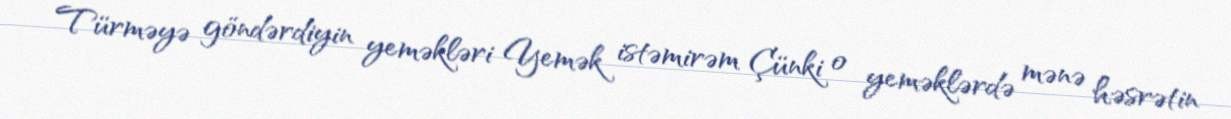
Türməyə göndərdiyin yeməkləri Yemək istəmirəm Çünki o yeməklərdə mənə həsrətin